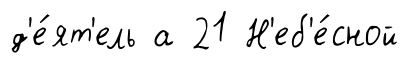
д'е́ят'ель а 21 Н'еб'е́сной